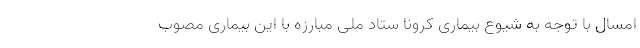
امسال با توجه به شیوع بیماری کرونا ستاد ملی مبارزه با این بیماری مصوب